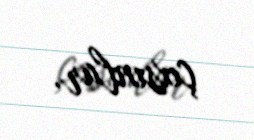
çıxsınlar.